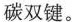
碳双键。